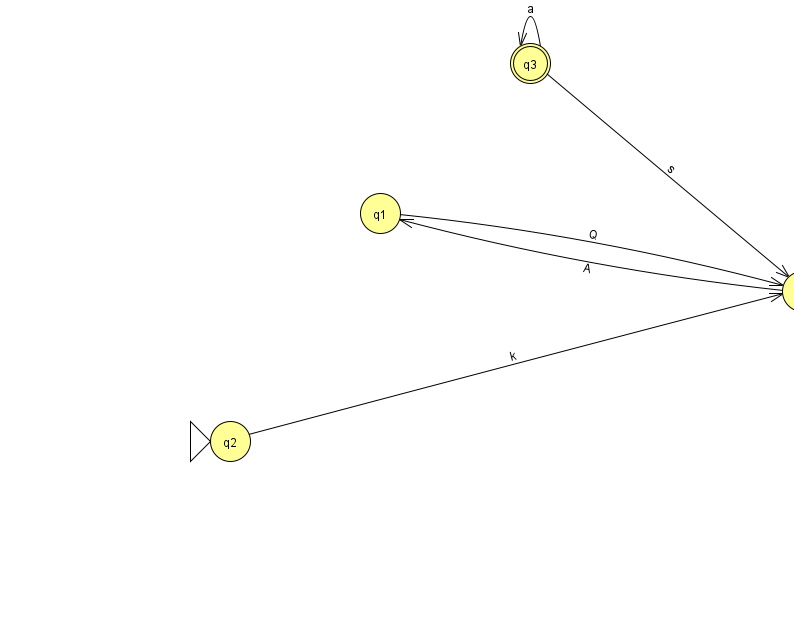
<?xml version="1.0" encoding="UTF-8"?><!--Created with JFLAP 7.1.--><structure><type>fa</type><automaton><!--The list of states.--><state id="0" name="q0"><x>802.0</x><y>278.0</y></state><state id="1" name="q1"><x>380.0</x><y>200.0</y></state><state id="2" name="q2"><x>230.0</x><y>428.0</y><initial/></state><state id="3" name="q3"><x>530.0</x><y>50.0</y><final/></state><!--The list of transitions.--><transition><from>3</from><to>3</to><read>a</read></transition><transition><from>0</from><to>1</to><read>A</read></transition><transition><from>1</from><to>0</to><read>Q</read></transition><transition><from>2</from><to>0</to><read>k</read></transition><transition><from>3</from><to>0</to><read>s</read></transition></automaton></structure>